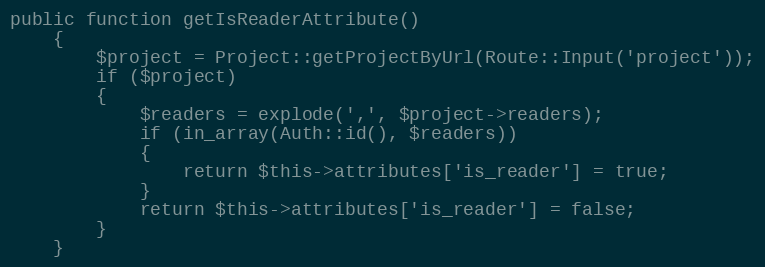
Language: PHP
public function getIsReaderAttribute()
	{
		$project = Project::getProjectByUrl(Route::Input('project'));
		if ($project)
		{
			$readers = explode(',', $project->readers);
			if (in_array(Auth::id(), $readers))
			{
				return $this->attributes['is_reader'] = true;
			}
			return $this->attributes['is_reader'] = false;
		}
	}